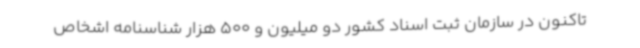
تاکنون در سازمان ثبت اسناد کشور دو میلیون و 500 هزار شناسنامه اشخاص